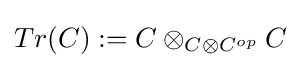
Tr(C):=C\otimes _{C\otimes C^{op}}C